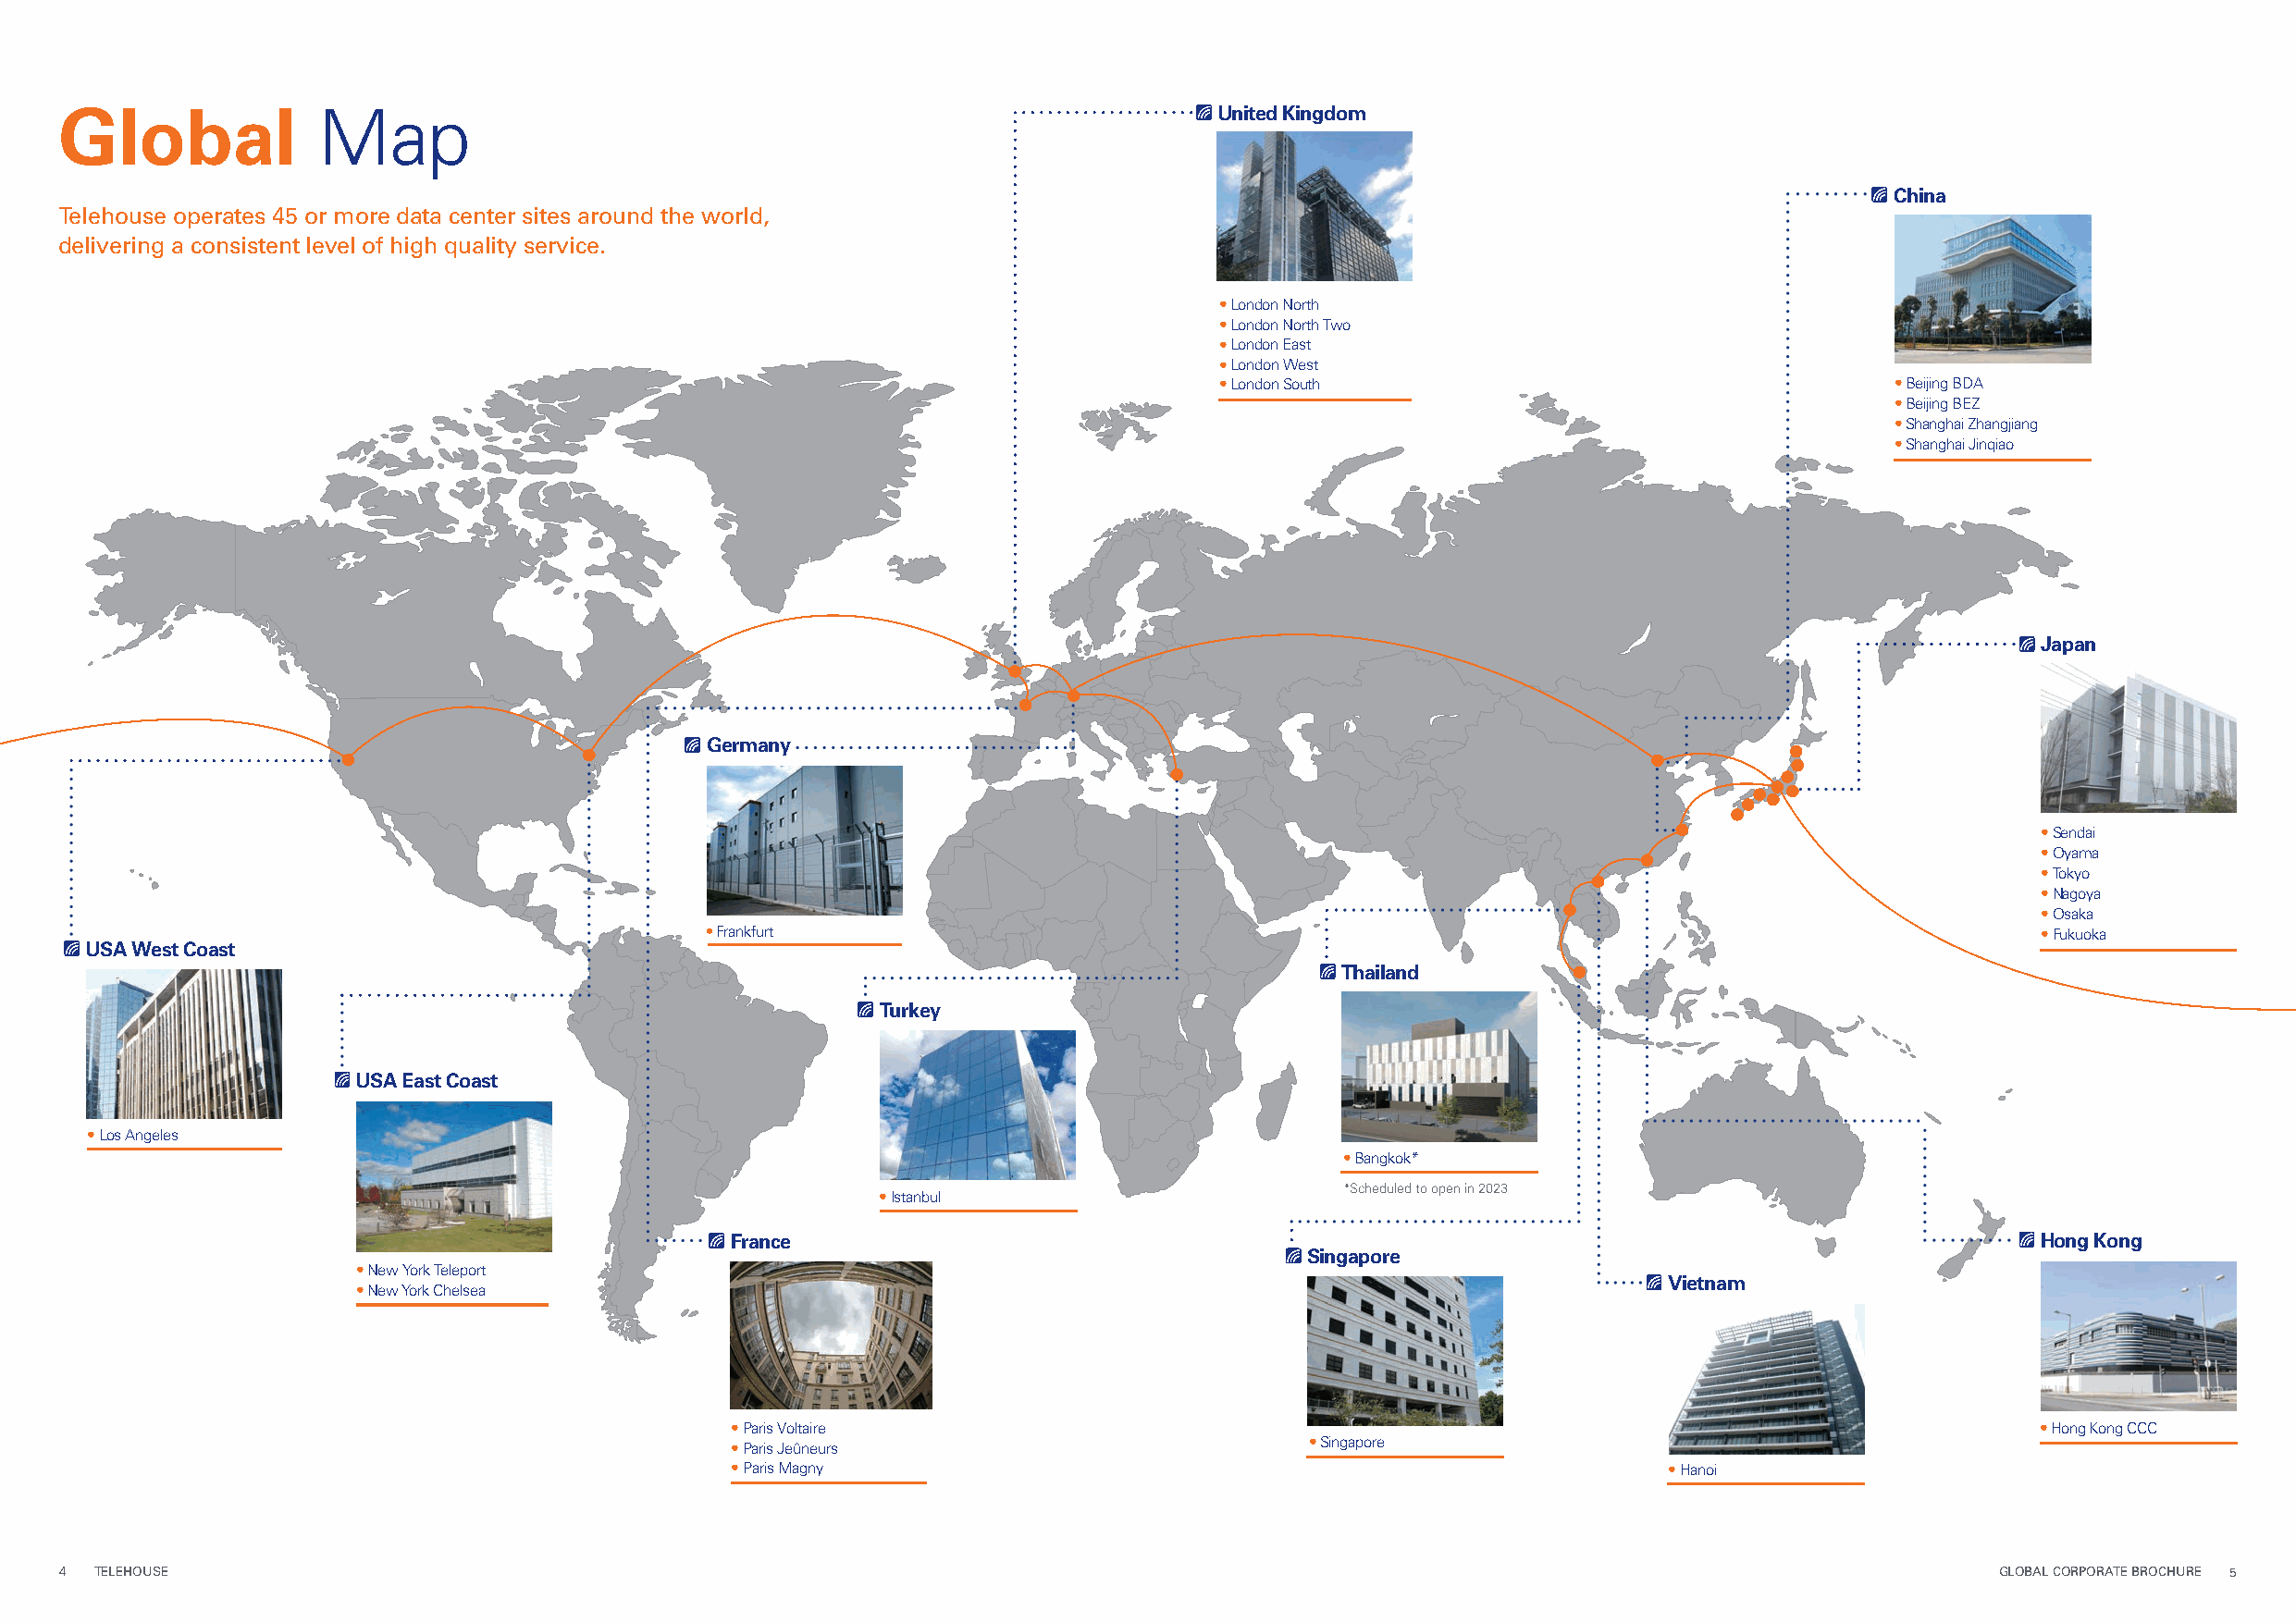
Global
 Map                                                             UnitedKingdom
 China
 Telehouse operates 45 or more data center sites around the world,
 delivering a consistent level of high quality service.
 •London North
 •London North Two
 •London East
 •LondonWest
 •LondonSouth                                     •Beijing BDA
 •Beijing BEZ
 •Shanghai Zhangjiang
 •Shanghai Jinqiao
 Japan
 Germany
 •Sendai
 •Oyama
 •Tokyo
 •Nagoya
 •Osaka
 •Frankfurt                                                                                     •Fukuoka
 USA WestCoast
 Thailand
 Turkey
 USA EastCoast
 •Los Angeles
 •Bangkok*
 *Scheduled to open in 2023
 •Istanbul
 France                                                                                        Hong Kong
 Singapore
 •NewYork Teleport
 Vietnam
 •NewYork Chelsea
 •Paris Voltaire                                                                               •Hong KongCCC
 •Paris Jeûneurs
 •Singapore
 •Paris Magny                                                       •Hanoi
 44 TTEELLEEHHOOUUSSEE                                                                                                                      GGLLOOBBAALL CCOORRPPOORRAATTEE BBRROOCCHHUURREE 55